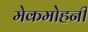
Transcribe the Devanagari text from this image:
मेकमोहनी